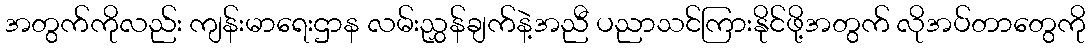
အတွက်ကိုလည်း ကျန်းမာရေးဌာန လမ်းညွှန်ချက်နဲ့အညီ ပညာသင်ကြားနိုင်ဖို့အတွက် လိုအပ်တာတွေကို